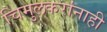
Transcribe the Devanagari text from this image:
चिमुलकरांनाही